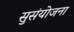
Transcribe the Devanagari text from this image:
सुसंयोजना